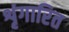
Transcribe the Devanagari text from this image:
शृंगारित